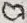
Text: C7